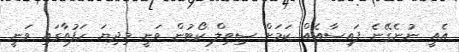
އެއީ ނުނެގޭނެ ފައިސާއެއް ކަމަށް ސިވިލް ކޯޓުން ވަނީ މިދިޔަ ހަފުތާގައި ވަނީ